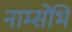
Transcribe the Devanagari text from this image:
नाम्सेभि